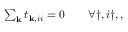
\begin{array} { r } { \sum _ { \mathbf { k } } t _ { \mathbf { k } , i i } = 0 \qquad \forall \dag , i \dag , , } \end{array}